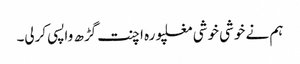
ہم نے خوشی خوشی مغلپورہ اچنت گڑھ واپسی کرلی۔